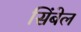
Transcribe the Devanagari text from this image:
सिंबेल